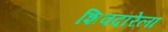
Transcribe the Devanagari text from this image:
शिवदारेला